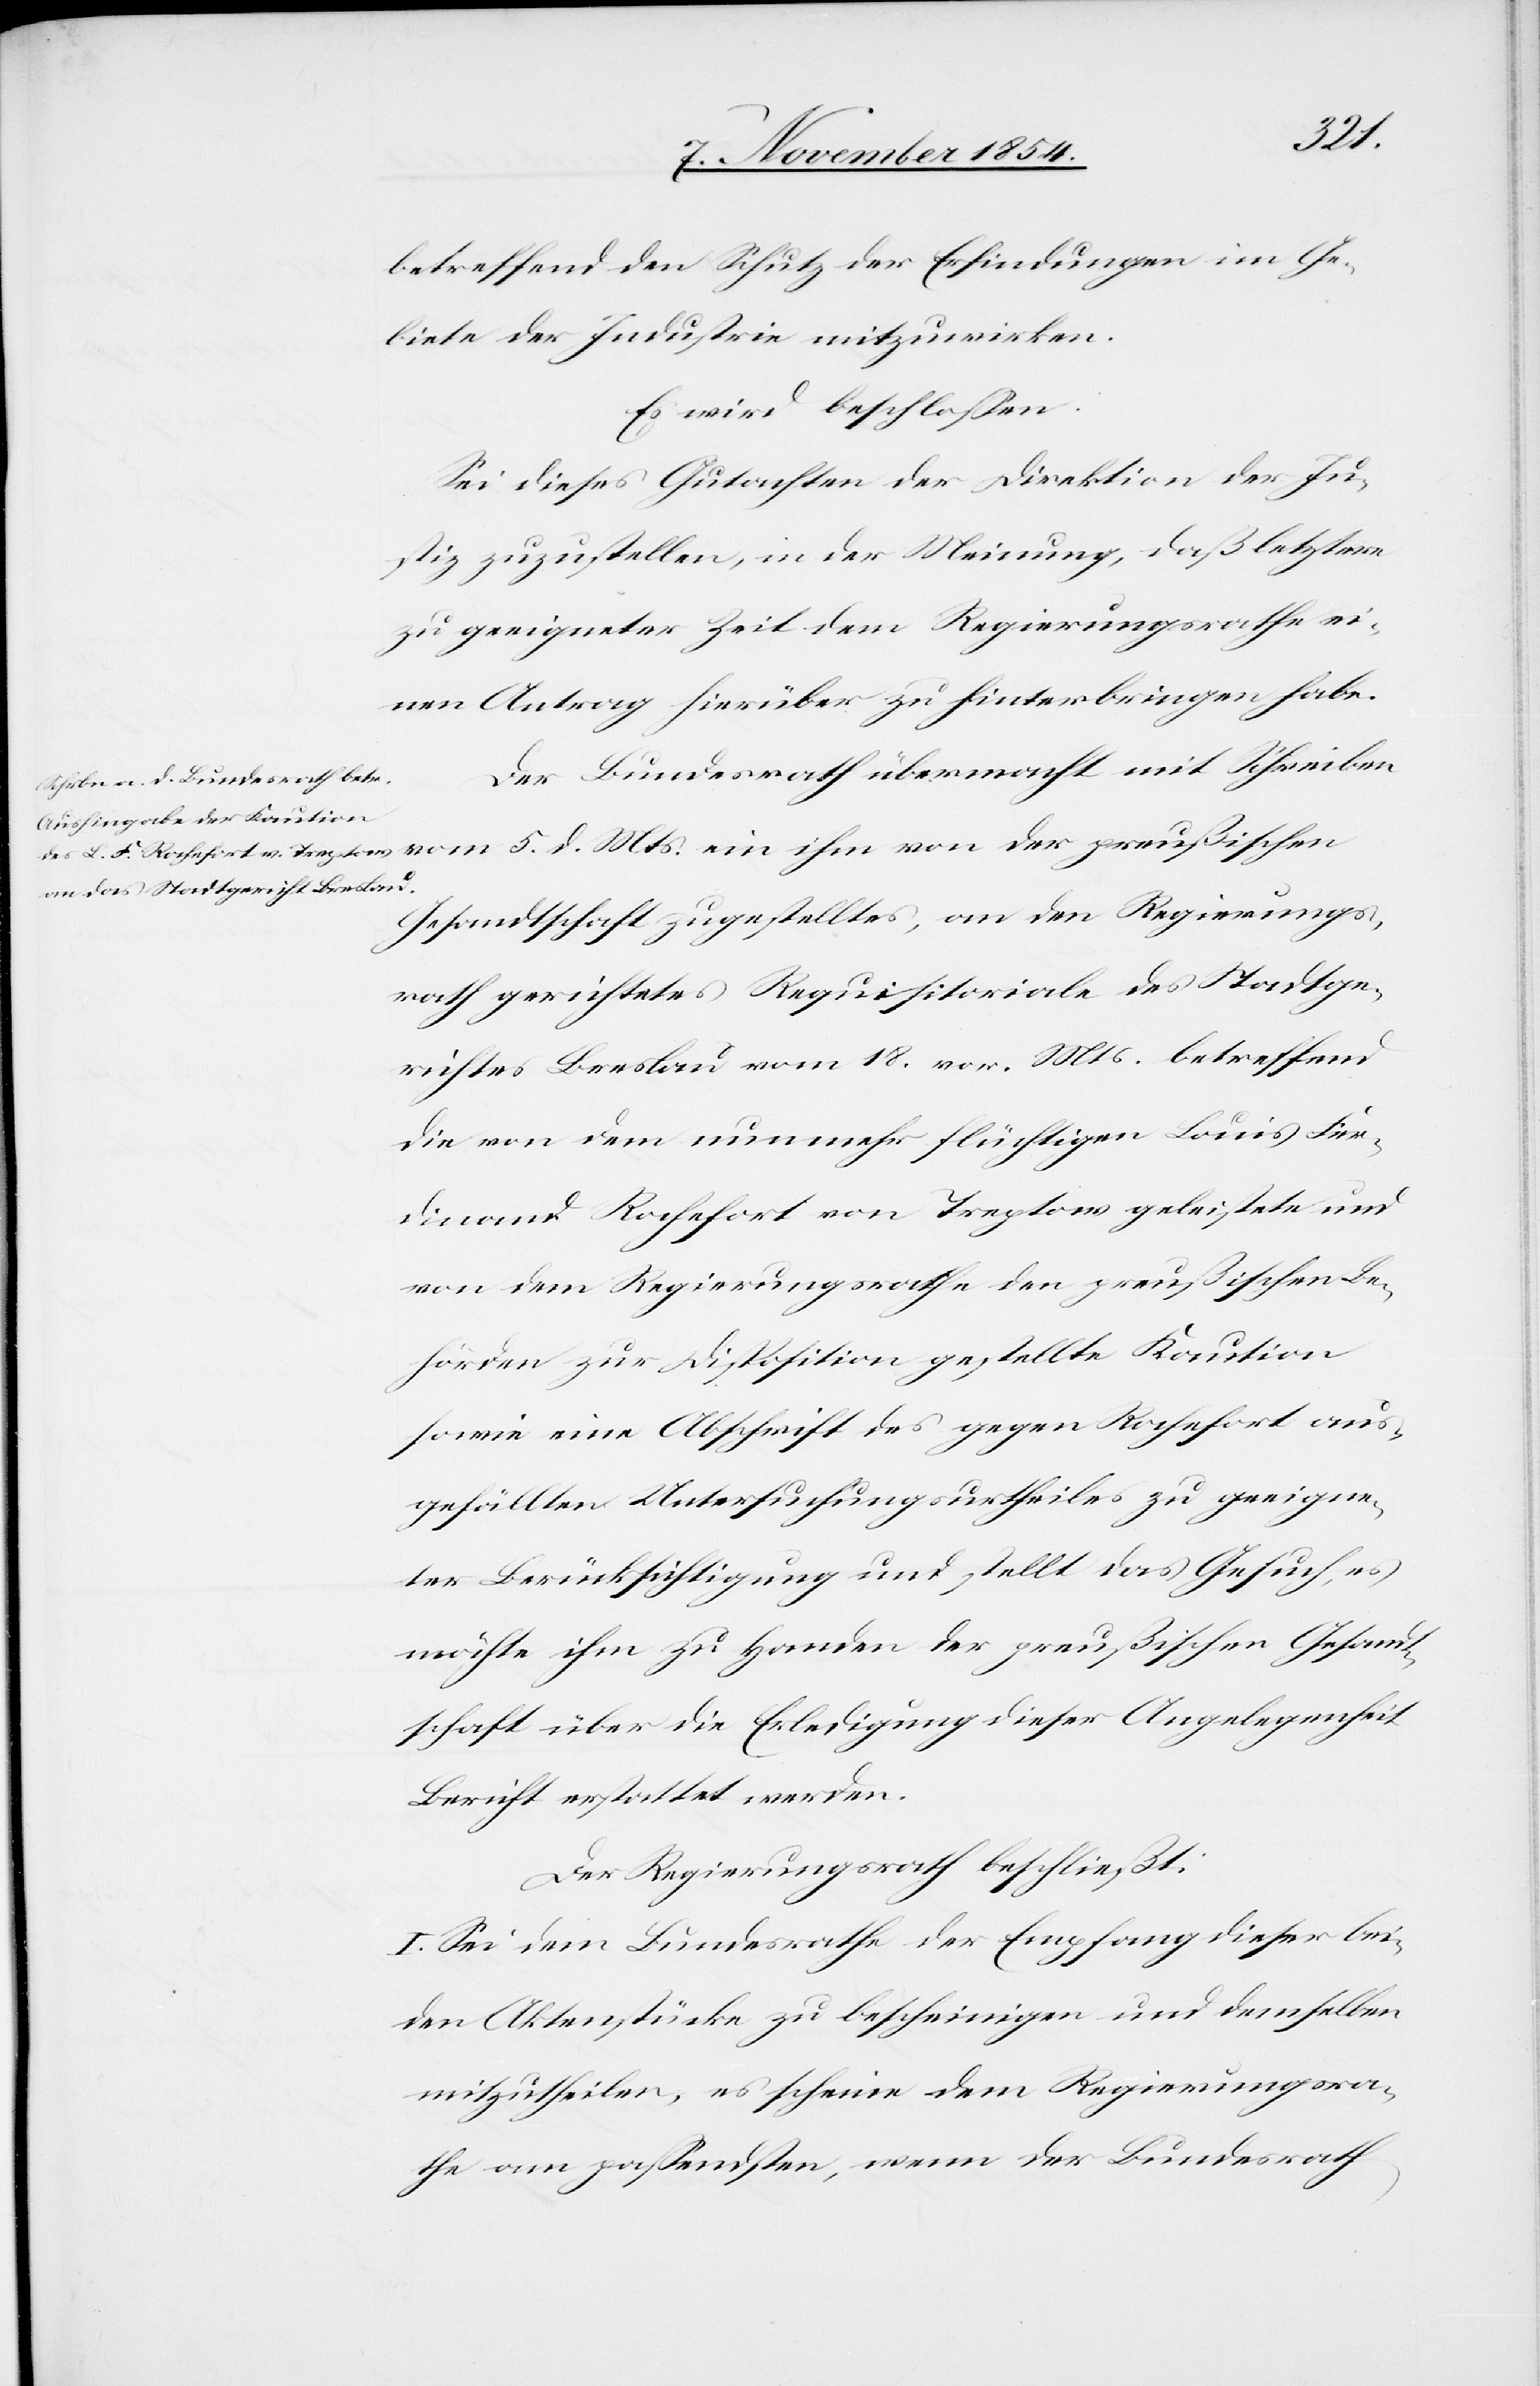
Mts.
betreffend den Schutz der Erfindungen im Ge¬
biete der Industrie mitzuwirken.
Es wird beschloßen:
Sei dieses Gutachten der Direktion der Ju¬
stiz zuzustellen, in der Meinung, daß letztere
zu geeigneter Zeit dem Regierungsrathe ei¬
nen Antrag hierüber zu hinterbringen habe.
Der Bundesrath übermacht mit Schreiben
Gesandtschaft zugestelltes, an den Regierungs¬
rath gerichtetes Requisitoriale des Stadtge¬
richtes Breslau vom 18. vor. Mts. betreffend
die von dem nunmehr flüchtigen Louis Fer¬
dinand Rochefort von Treptow geleistete und
von dem Regierungsrathe den preußischen Be¬
hörden zur Disposition gestellte Kaution
sowie eine Abschrift des gegen Rochefort aus¬
gefällten Untersuchungsurtheiles zu geeigne¬
ter Berücksichtigung und stellt das Gesuch, es
möchte ihm zu Handen der preußischen Gesandt¬
schaft über die Erledigung dieser Angelegenheit
Bericht erstattet werden.
Der Regierungsrath beschließt:
I. Sei dem Bundesrathe der Empfang dieser bei¬
den Aktenstücke zu bescheinigen und demselben
mitzutheilen, es scheine dem Regierungsra¬
the am paßendsten, wenn der Bundesrath